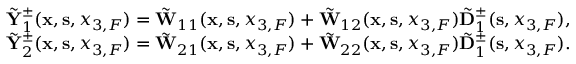
\begin{array} { r l r } & { } & { \tilde { \bf Y } _ { 1 } ^ { \pm } ( { { \bf x } } , { { \bf s } } , { x _ { 3 , F } } ) = \tilde { \bf W } _ { 1 1 } ( { { \bf x } } , { { \bf s } } , { x _ { 3 , F } } ) + \tilde { \bf W } _ { 1 2 } ( { { \bf x } } , { { \bf s } } , { x _ { 3 , F } } ) \tilde { \bf D } _ { 1 } ^ { \pm } ( { \bf s } , x _ { 3 , F } ) , } \\ & { } & { \tilde { \bf Y } _ { 2 } ^ { \pm } ( { { \bf x } } , { { \bf s } } , { x _ { 3 , F } } ) = \tilde { \bf W } _ { 2 1 } ( { { \bf x } } , { { \bf s } } , { x _ { 3 , F } } ) + \tilde { \bf W } _ { 2 2 } ( { { \bf x } } , { { \bf s } } , { x _ { 3 , F } } ) \tilde { \bf D } _ { 1 } ^ { \pm } ( { \bf s } , x _ { 3 , F } ) . } \end{array}